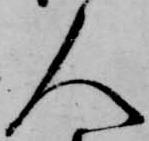
人